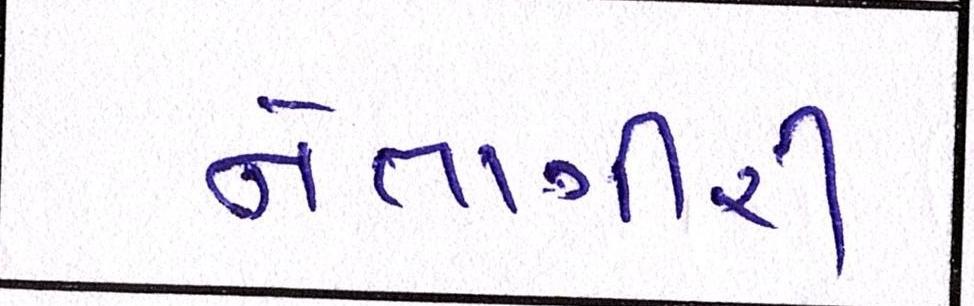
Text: નેતાગીરી